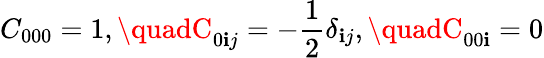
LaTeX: C_{000}=1,\quadC_{0\mathbf{i}j}=-\frac{{1}}{{2}}\delta_{\mathbf{i}j},\quadC_{00\mathbf{i}}=0